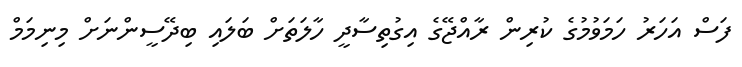
ފަސް އަހަރު ހަމަވުމުގެ ކުރިން ރާއްޖޭގެ އިގުތިސާދީ ހާލަތަށް ބަލައި ބިދޭސީންނަށް މިނިމަމް